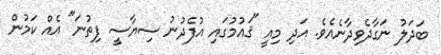
ބަދަލު ނަގާދެވިދާނެއެވެ. އަދި މިއީ "ޤައުމުގައި އުފެދުނު ސިޔާސީ ފިތުނަ" އެއް ކަމުން